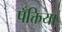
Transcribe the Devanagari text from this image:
पँक्तिया